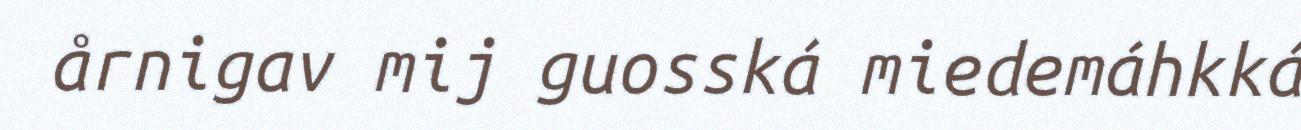
årnigav mij guosská miedemáhkká